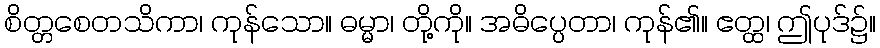
စိတ္တစေတသိကာ၊ ကုန်သော။ ဓမ္မာ၊ တို့ကို။ အဓိပ္ပေတာ၊ ကုန်၏။ ဧတ္ထ၊ ဤပုဒ်၌။